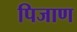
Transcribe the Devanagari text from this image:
पिजाण